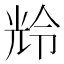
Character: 𫤚